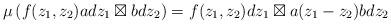
LaTeX: \begin{align*}\mu\left( f(z_1, z_2) a dz_1 \boxtimes b dz_2 \right) = f(z_1, z_2) dz_1 \boxtimes a(z_1-z_2)b dz_2\end{align*}